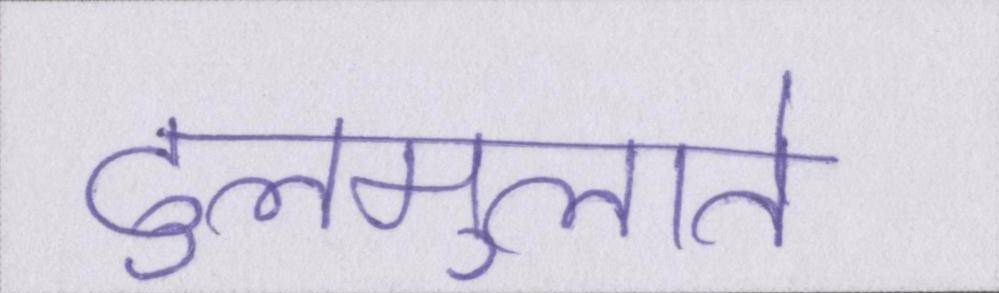
ढुलमुलाते